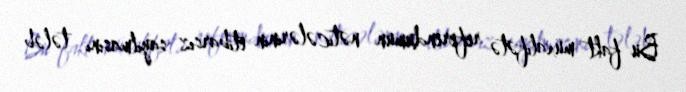
Bu fakt müxalifətə referendumun nəticələrinin etibarsız sayılmasını tələb